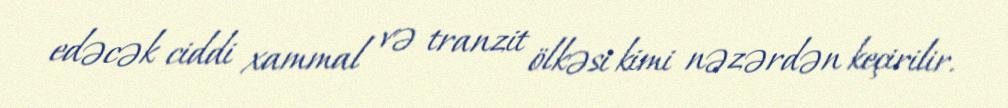
edəcək ciddi xammal və tranzit ölkəsi kimi nəzərdən keçirilir.